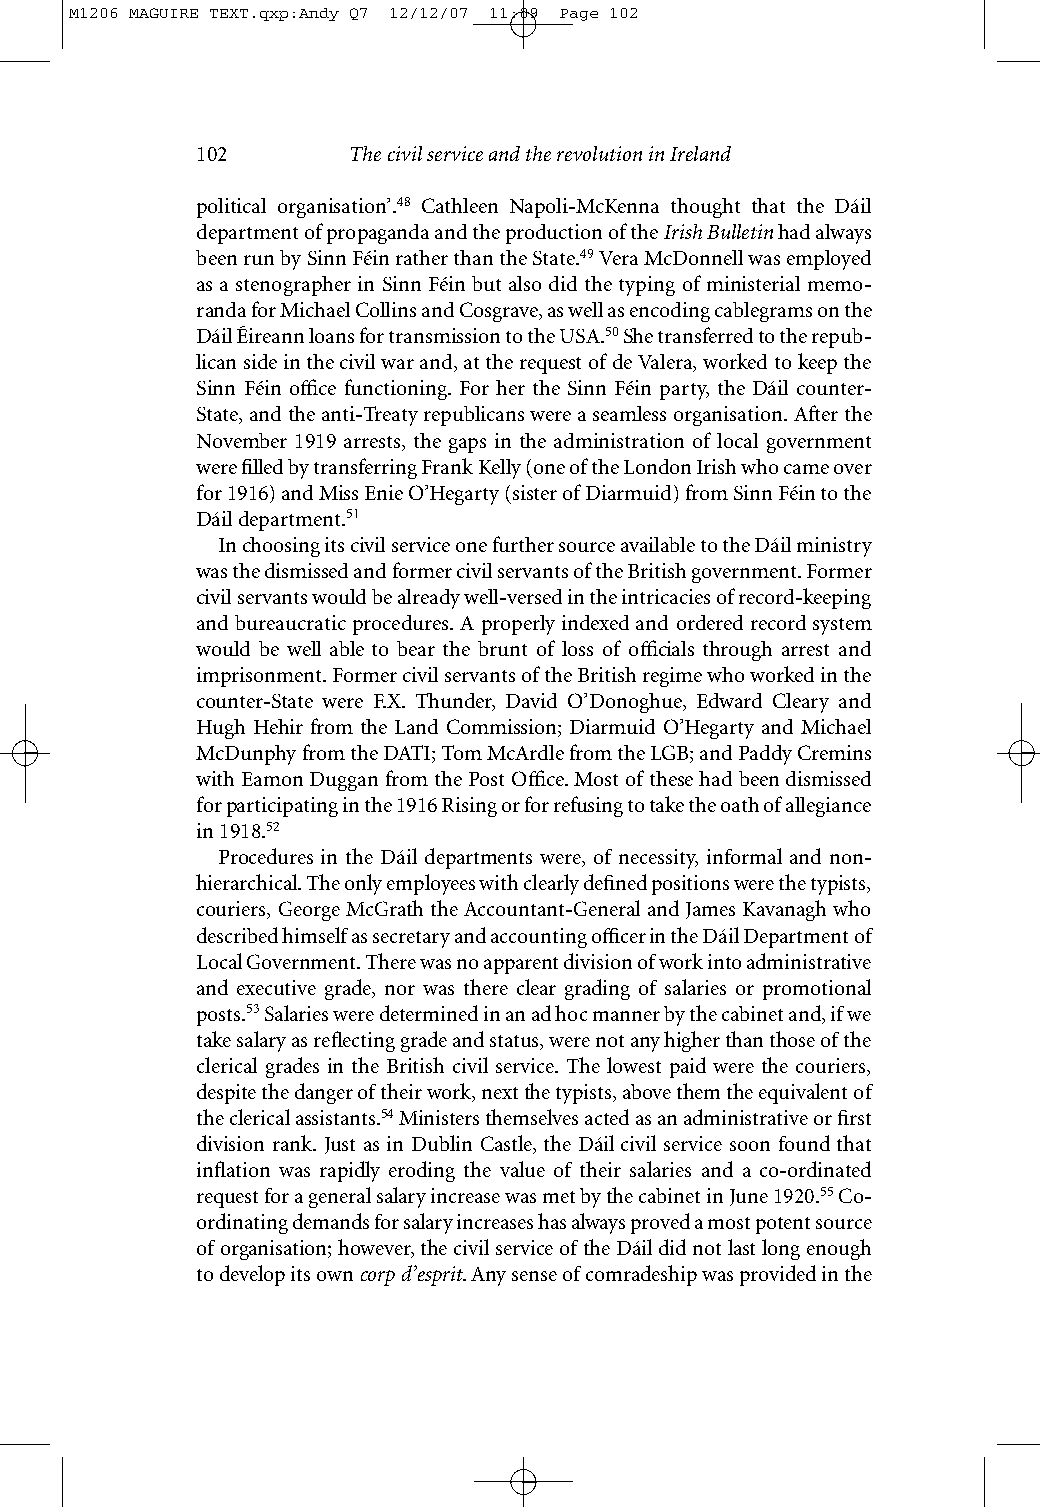
M1206 MAGUIRE TEXT.qxp:Andy Q7 12/12/07 11:09 Page 102
 102       The civil service and the revolution in Ireland
 political organisation’.48 Cathleen Napoli-McKenna thought that the Dáil
 department of propaganda and the production of the Irish Bulletinhad always
 been run by Sinn Féin rather than the State.49Vera McDonnell was employed
 as a stenographer in Sinn Féin but also did the typing of ministerial memo-
 randa for Michael Collins and Cosgrave, as well as encoding cablegrams on the
 Dáil Éireann loans for transmission to the USA.50She transferred to the repub-
 lican side in the civil war and, at the request of de Valera, worked to keep the
 Sinn Féin office functioning. For her the Sinn Féin party, the Dáil counter-
 State, and the anti-Treaty republicans were a seamless organisation. After the
 November 1919 arrests, the gaps in the administration of local government
 were filled by transferring Frank Kelly (one of the London Irish who came over
 for 1916) and Miss Enie O’Hegarty (sister of Diarmuid) from Sinn Féin to the
 Dáil department.51
 In choosing its civil service one further source available to the Dáil ministry
 was the dismissed and former civil servants of the British government. Former
 civil servants would be already well-versed in the intricacies of record-keeping
 and bureaucratic procedures. A properly indexed and ordered record system
 would be well able to bear the brunt of loss of officials through arrest and
 imprisonment. Former civil servants of the British regime who worked in the
 counter-State were F.X. Thunder, David O’Donoghue, Edward Cleary and
 Hugh Hehir from the Land Commission; Diarmuid O’Hegarty and Michael
 McDunphy from the DATI; Tom McArdle from the LGB; and Paddy Cremins
 with Eamon Duggan from the Post Office. Most of these had been dismissed
 for participating in the 1916 Rising or for refusing to take the oath of allegiance
 in 1918.52
 Procedures in the Dáil departments were, of necessity, informal and non-
 hierarchical. The only employees with clearly defined positions were the typists,
 couriers, George McGrath the Accountant-General and James Kavanagh who
 described himself as secretary and accounting officer in the Dáil Department of
 Local Government. There was no apparent division of work into administrative
 and executive grade, nor was there clear grading of salaries or promotional
 posts.53Salaries were determined in an ad hoc manner by the cabinet and, if we
 take salary as reflecting grade and status, were not any higher than those of the
 clerical grades in the British civil service. The lowest paid were the couriers,
 despite the danger of their work, next the typists, above them the equivalent of
 the clerical assistants.54Ministers themselves acted as an administrative or first
 division rank. Just as in Dublin Castle, the Dáil civil service soon found that
 inflation was rapidly eroding the value of their salaries and a co-ordinated
 request for a general salary increase was met by the cabinet in June 1920.55Co-
 ordinating demands for salary increases has always proved a most potent source
 of organisation; however, the civil service of the Dáil did not last long enough
 to develop its own corp d’esprit. Any sense of comradeship was provided in the